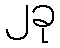
၂ခု